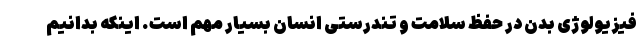
فیزیولوژی بدن در حفظ سلامت و تندرستی انسان بسیار مهم است. اینکه بدانیم